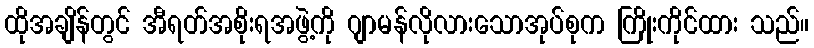
ထိုအချိန်တွင် အီရတ်အစိုးရအဖွဲ့ကို ဂျာမန်လိုလားသောအုပ်စုက ကြိုးကိုင်ထား သည်။